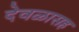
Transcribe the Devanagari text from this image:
देवळासह